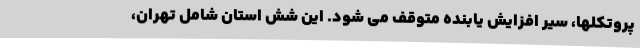
پروتکلها، سیر افزایش یابنده متوقف می شود. این شش استان شامل تهران،